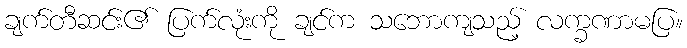
ချက်တီဆင်း၏ ပြက်လုံးကို ချင်က သဘောကျသည့် လက္ခဏာမပြ။